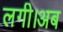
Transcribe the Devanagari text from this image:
लगी।अब